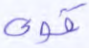
قوي